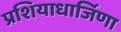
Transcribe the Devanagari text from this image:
प्रशियाधार्जिणा